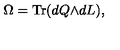
\Omega = \mathrm { T r } ( d Q { \wedge } d L ) ,